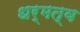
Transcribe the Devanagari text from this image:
धर्मत्व